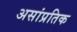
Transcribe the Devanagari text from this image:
असांप्रतिक